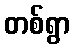
တစ်ရွာ